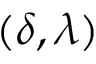
( \delta , \lambda )